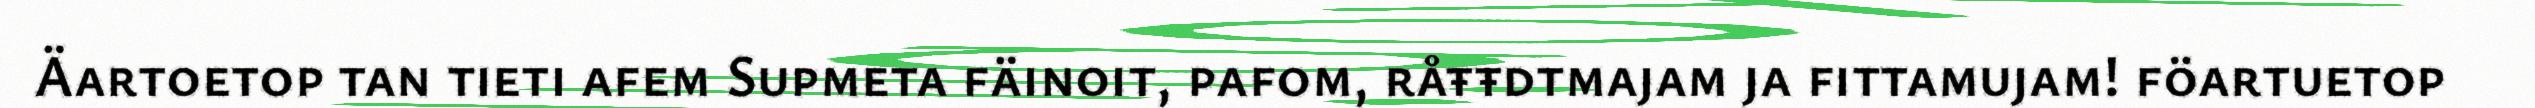
Äartoetop tan tieti afem Supmeta fäinoit, pafom, råŧŧdtmajam ja fittamujam! föartuetop